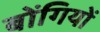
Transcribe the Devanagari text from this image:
बोंगियों